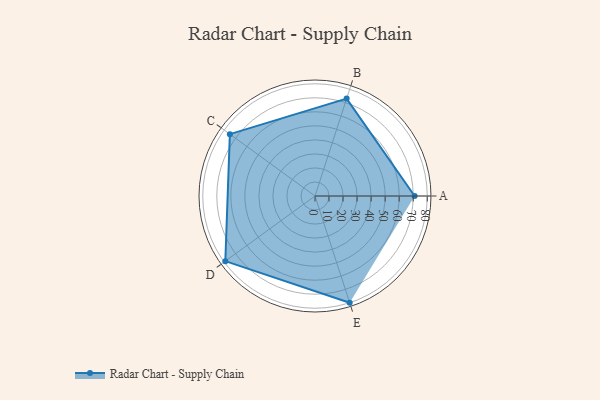
{"axis": {"x": "Skill", "y": "Score"}, "legend": ["Profile"], "data": [{"x": "A", "y": 71.0, "type": "Profile"}, {"x": "B", "y": 73.0, "type": "Profile"}, {"x": "C", "y": 75.0, "type": "Profile"}, {"x": "D", "y": 79.0, "type": "Profile"}, {"x": "E", "y": 80.0, "type": "Profile"}]}